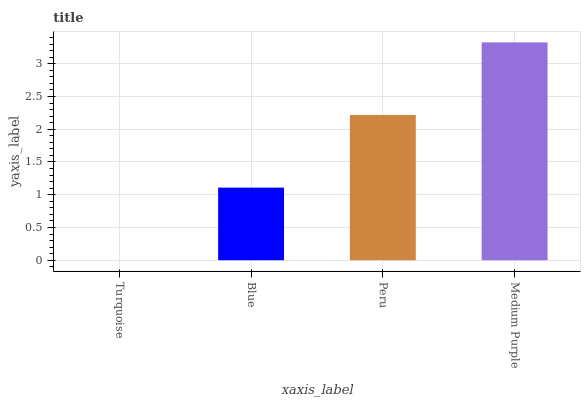
| xaxis_label | bars |
 | --- | --- |
 | Turquoise | 0 |
 | Blue | 1.11 |
 | Peru | 2.22 |
 | Medium Purple | 3.33 |